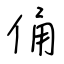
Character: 俑